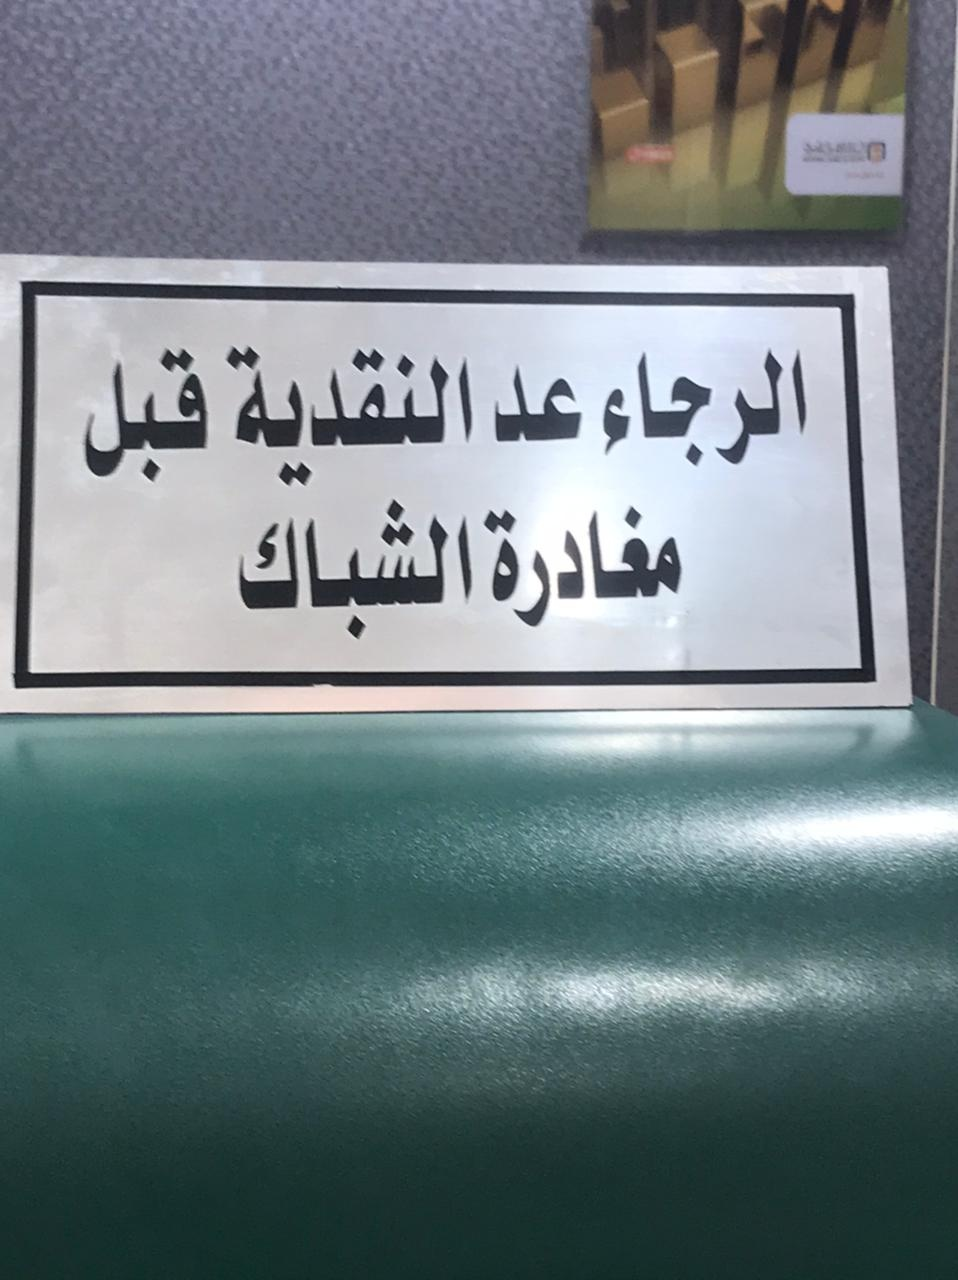
Text in image: عد الرجاء النقدية قبل مغادرة الشباك